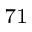
^ { 7 1 }